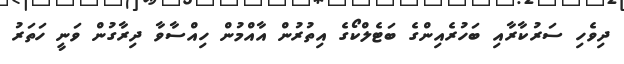
ދިވެހި ސަރުކާރާއި ބަހުރެއިންގެ ބަޓެލްކޯގެ އިތުރުން އާއްމުން ހިއްސާވާ ދިރާގުން ވަނީ ހަތަރު